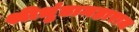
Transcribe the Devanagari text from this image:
श्रीधुंडामहाराज